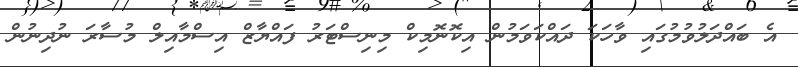
އެ ބައްދަލުވުމުގައި ވާހަކަ ދައްކަވަމުން އިކޮނޮމިކް މިނިސްޓަރު ފައްޔާޒް އިސްމާއިލް މުސާރަ ނުދިނުން